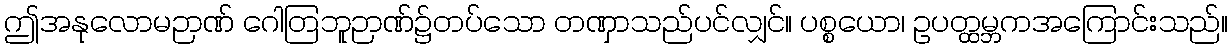
ဤအနုလောမဉာဏ် ဂေါတြဘူဉာဏ်၌တပ်သော တဏှာသည်ပင်လျှင်။ ပစ္စယော၊ ဥပတ္ထမ္ဘကအကြောင်းသည်။